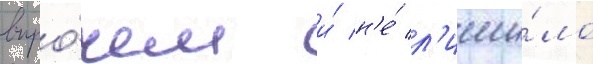
впро́чем и́ н'е́ л'иши́ло